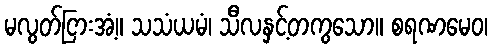
မလွတ်ငြားအံ့။ သသံယမံ၊ သီလနှင့်တကွသော။ စရဏမေဝ၊